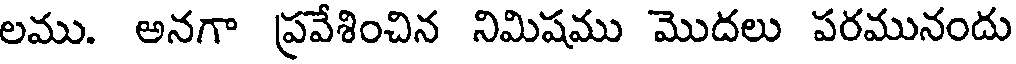
లము. అనగా ప్రవేశించిన నిమిషము మొదలు పరమునందు